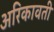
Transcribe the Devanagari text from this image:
अरिकावती